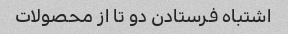
اشتباه فرستادن دو تا از محصولات